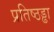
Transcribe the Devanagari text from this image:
प्रतिष्ठड्ढा